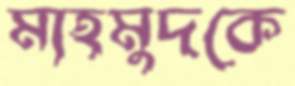
মাহমুদকে